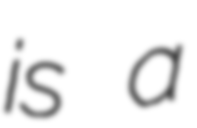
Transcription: is a